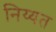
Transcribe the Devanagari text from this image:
निय्यत